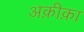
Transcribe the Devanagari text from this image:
अक़ीक़ा